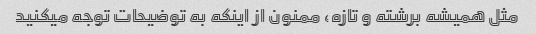
مثل همیشه برشته و تازه، ممنون از اینکه به توضیحات توجه میکنید